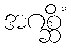
အဂစ္ဆိံ